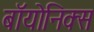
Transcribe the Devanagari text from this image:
बॉयोनिक्स